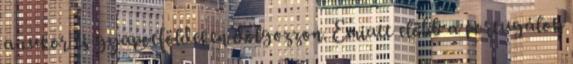
a cukor és gyapotföldeken dolgozzon. Emiatt előbb a portugálok